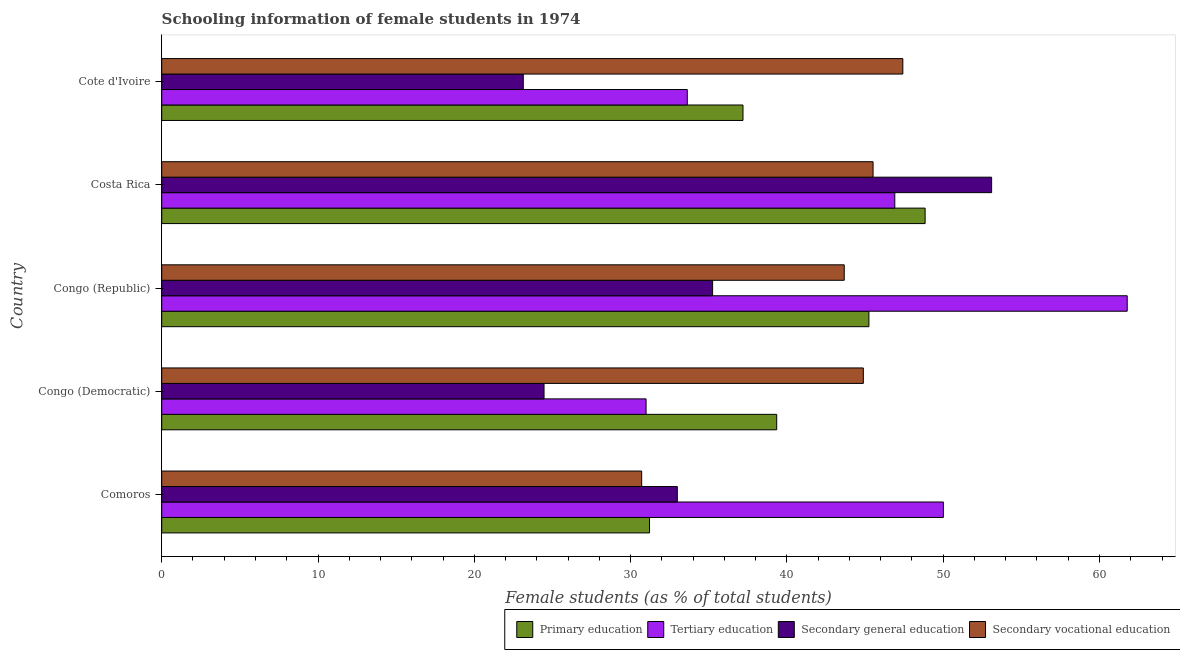
| Country | Primary education | Tertiary education | Secondary general education | Secondary vocational education |
 | --- | --- | --- | --- | --- |
 | Comoros | 31.2 | 50 | 33 | 30.7 |
 | Congo (Democratic) | 39.3 | 31 | 24.5 | 44.9 |
 | Congo (Republic) | 45.2 | 61.8 | 35.2 | 43.7 |
 | Costa Rica | 48.8 | 46.9 | 53.1 | 45.5 |
 | Cote d'Ivoire | 37.2 | 33.6 | 23.1 | 47.4 |